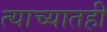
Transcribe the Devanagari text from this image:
त्याच्यातही